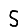
Digit: 5